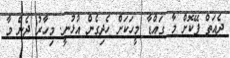
ދެއަތް ފޭކޮށް މާ ގައްޑާ މީހަކަށް ހެދިގެން އުޅުނީ. މިހާރު ދެން މާ